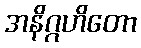
အနိဂ္ဂဟိတော